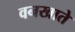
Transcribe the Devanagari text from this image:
वनखाते